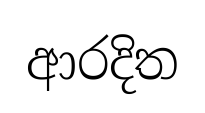
ආරදිත